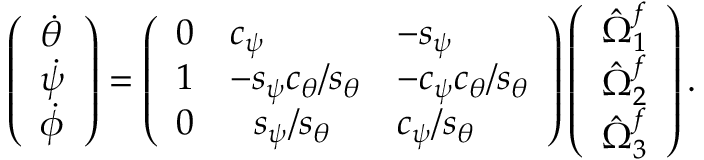
\left( \begin{array} { l } { \dot { \theta } } \\ { \dot { \psi } } \\ { \dot { \phi } } \end{array} \right) = \left( \begin{array} { l l l } { 0 } & { c _ { \psi } } & { - s _ { \psi } } \\ { 1 } & { - s _ { \psi } c _ { \theta } / s _ { \theta } } & { - c _ { \psi } c _ { \theta } / s _ { \theta } } \\ { 0 } & { \hphantom { + } s _ { \psi } / s _ { \theta } } & { c _ { \psi } / s _ { \theta } } \end{array} \right) \left( \begin{array} { l } { \hat { \Omega } _ { 1 } ^ { f } } \\ { \hat { \Omega } _ { 2 } ^ { f } } \\ { \hat { \Omega } _ { 3 } ^ { f } } \end{array} \right) .